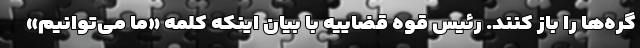
گره‌ها را باز کنند. رئیس قوه قضاییه با بیان اینکه کلمه «ما می‌توانیم»